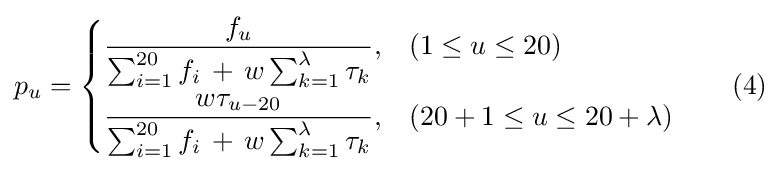
p_{u}={\begin{cases}{\dfrac {f_{u}}{\sum _{i=1}^{20}f_{i}\,+\,w\sum _{k=1}^{\lambda }\tau _{k}}},&(1\leq u\leq 20)\\[10pt]{\dfrac {w\tau _{u-20}}{\sum _{i=1}^{20}f_{i}\,+\,w\sum _{k=1}^{\lambda }\tau _{k}}},&(20+1\leq u\leq 20+\lambda )\end{cases}}\qquad {\text{(4)}}